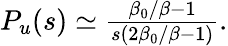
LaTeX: \begin{array}{r}{P_{u}(s)\simeq\frac{\beta_{0}/\beta-1}{s(2\beta_{0}/\beta-1)}.}\end{array}